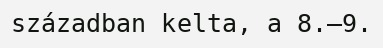
században kelta, a 8.–9.